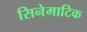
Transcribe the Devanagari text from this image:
सिनेमाटिक